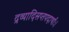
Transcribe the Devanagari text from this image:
द्रव्यादिसप्तपदार्थाः।